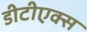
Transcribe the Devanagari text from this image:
डीटीएक्स